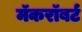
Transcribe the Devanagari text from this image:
मॅकरॉबर्ट